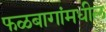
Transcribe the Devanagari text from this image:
फळबागांमधील